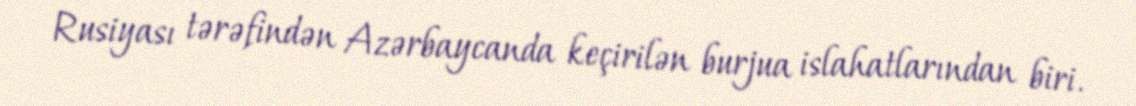
Rusiyası tərəfindən Azərbaycanda keçirilən burjua islahatlarından biri.